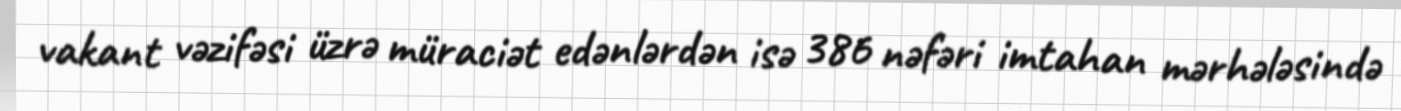
vakant vəzifəsi üzrə müraciət edənlərdən isə 386 nəfəri imtahan mərhələsində